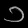
Digit: ၁